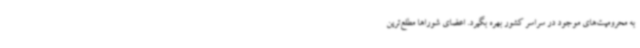
به محرومیت‌های موجود در سراسر کشور بهره‌ بگیرد. اعضای شوراها مطلع‌ترین